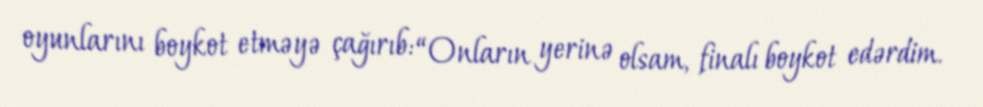
oyunlarını boykot etməyə çağırıb: “Onların yerinə olsam, finalı boykot edərdim.